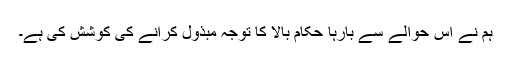
ہم نے اس حوالے سے بارہا حکام بالا کا توجہ مبذول کرانے کی کوشش کی ہے۔